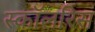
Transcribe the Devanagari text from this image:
स्कॉलरिस